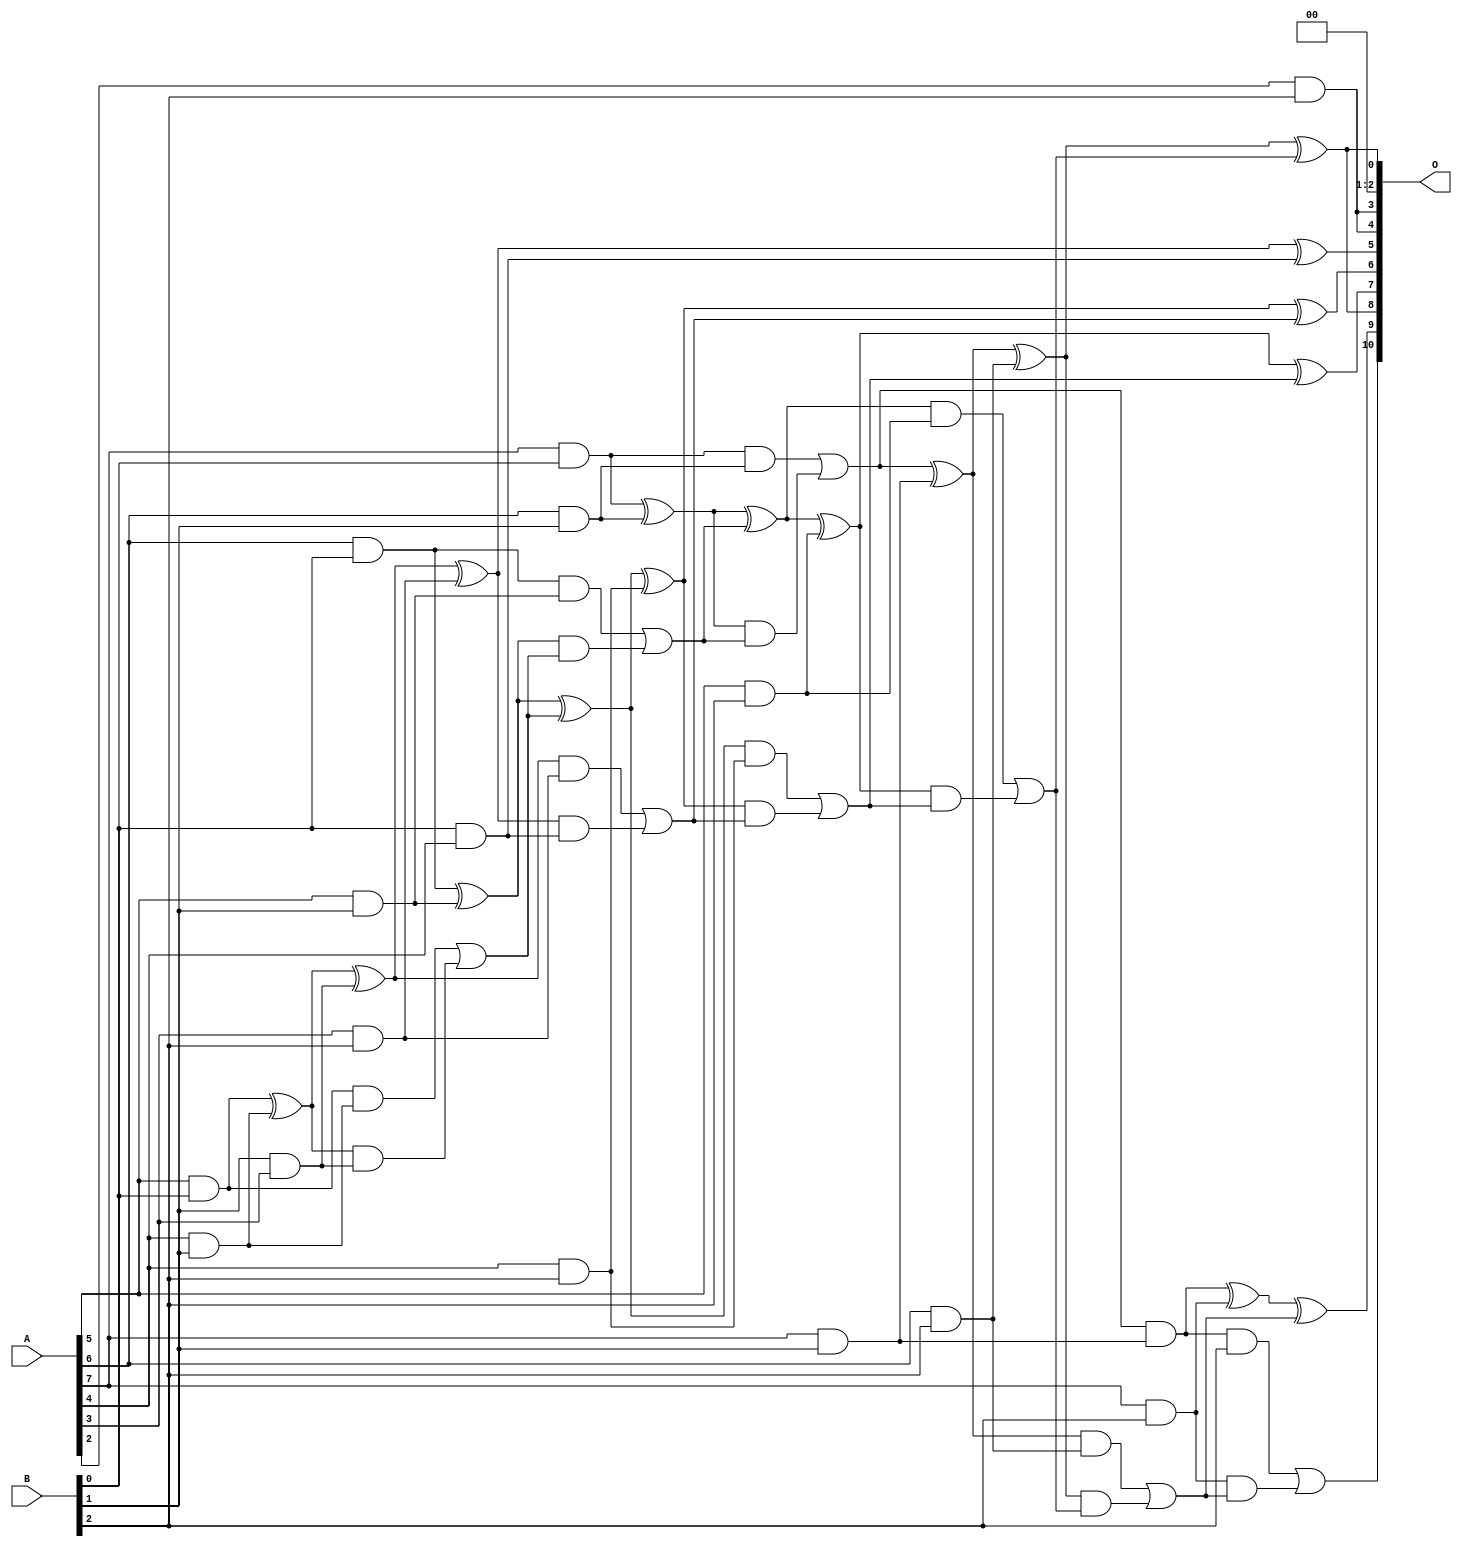
/***
* This code is a part of EvoApproxLib library (ehw.fit.vutbr.cz/approxlib) distributed under The MIT License.
* When used, please cite the following article(s): V. Mrazek, L. Sekanina, Z. Vasicek "Libraries of Approximate Circuits: Automated Design and Application in CNN Accelerators" IEEE Journal on Emerging and Selected Topics in Circuits and Systems, Vol 10, No 4, 2020 
* This file contains a circuit from a sub-set of pareto optimal circuits with respect to the pwr and wce parameters
***/
// MAE% = 0.35 %
// MAE = 7.2 
// WCE% = 1.22 %
// WCE = 25 
// WCRE% = 100.00 %
// EP% = 83.25 %
// MRE% = 6.40 %
// MSE = 90 
// PDK45_PWR = 0.048 mW
// PDK45_AREA = 120.1 um2
// PDK45_DELAY = 0.64 ns

module mul8x3u_1ZU (
    A,
    B,
    O
);

input [7:0] A;
input [2:0] B;
output [10:0] O;

wire sig_16,sig_17,sig_18,sig_23,sig_24,sig_25,sig_26,sig_38,sig_44,sig_45,sig_46,sig_47,sig_48,sig_49,sig_50,sig_51,sig_52,sig_53,sig_54,sig_55;
wire sig_56,sig_57,sig_58,sig_59,sig_60,sig_63,sig_64,sig_65,sig_66,sig_67,sig_68,sig_77,sig_81,sig_82,sig_83,sig_84,sig_85,sig_86,sig_87,sig_88;
wire sig_89,sig_90,sig_91,sig_92,sig_93,sig_94,sig_95,sig_96,sig_97,sig_98,sig_99,sig_100,sig_101,sig_102,sig_103,sig_104,sig_105;

assign sig_16 = A[5] & B[0];
assign sig_17 = A[6] & B[0];
assign sig_18 = A[7] & B[0];
assign sig_23 = A[4] & B[1];
assign sig_24 = A[5] & B[1];
assign sig_25 = A[6] & B[1];
assign sig_26 = A[7] & B[1];
assign sig_38 = B[1] & A[3];
assign sig_44 = sig_16 ^ sig_23;
assign sig_45 = sig_16 & sig_23;
assign sig_46 = sig_44 & sig_38;
assign sig_47 = sig_44 ^ sig_38;
assign sig_48 = sig_45 | sig_46;
assign sig_49 = sig_17 ^ sig_24;
assign sig_50 = sig_17 & sig_24;
assign sig_51 = sig_49 & sig_48;
assign sig_52 = sig_49 ^ sig_48;
assign sig_53 = sig_50 | sig_51;
assign sig_54 = sig_18 ^ sig_25;
assign sig_55 = sig_18 & sig_25;
assign sig_56 = sig_54 & sig_53;
assign sig_57 = sig_54 ^ sig_53;
assign sig_58 = sig_55 | sig_56;
assign sig_59 = sig_58 & sig_26;
assign sig_60 = sig_58 ^ sig_26;
assign sig_63 = A[2] & B[2];
assign sig_64 = A[3] & B[2];
assign sig_65 = A[4] & B[2];
assign sig_66 = A[5] & B[2];
assign sig_67 = A[6] & B[2];
assign sig_68 = A[7] & B[2];
assign sig_77 = B[0] & A[4];
assign sig_81 = sig_47 ^ sig_64;
assign sig_82 = sig_47 & sig_64;
assign sig_83 = sig_81 & sig_77;
assign sig_84 = sig_81 ^ sig_77;
assign sig_85 = sig_82 | sig_83;
assign sig_86 = sig_52 ^ sig_65;
assign sig_87 = sig_52 & sig_65;
assign sig_88 = sig_86 & sig_85;
assign sig_89 = sig_86 ^ sig_85;
assign sig_90 = sig_87 | sig_88;
assign sig_91 = sig_57 ^ sig_66;
assign sig_92 = sig_57 & sig_66;
assign sig_93 = sig_91 & sig_90;
assign sig_94 = sig_91 ^ sig_90;
assign sig_95 = sig_92 | sig_93;
assign sig_96 = sig_60 ^ sig_67;
assign sig_97 = sig_60 & sig_67;
assign sig_98 = sig_96 & sig_95;
assign sig_99 = sig_96 ^ sig_95;
assign sig_100 = sig_97 | sig_98;
assign sig_101 = sig_59 ^ sig_68;
assign sig_102 = sig_59 & B[2];
assign sig_103 = sig_68 & sig_100;
assign sig_104 = sig_101 ^ sig_100;
assign sig_105 = sig_102 | sig_103;

assign O[10] = sig_105;
assign O[9] = sig_104;
assign O[8] = sig_99;
assign O[7] = sig_94;
assign O[6] = sig_89;
assign O[5] = sig_84;
assign O[4] = sig_63;
assign O[3] = sig_63;
assign O[2] = 1'b0;
assign O[1] = 1'b0;
assign O[0] = sig_99;

endmodule